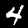
Label: 4